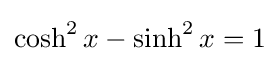
\cosh ^{2}x-\sinh ^{2}x=1